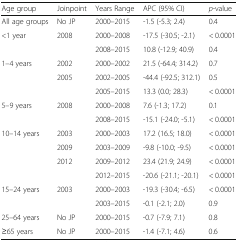
<table><thead><tr><td><b>Age group</b></td><td><b>Joinpoint</b></td><td><b>Years Range</b></td><td><b>APC (95% CI)</b></td><td><b><i>p</i>-value</b></td></tr></thead><tbody><tr><td>All age groups</td><td>No JP</td><td>2000–2015</td><td>-1.5 (-5.3; 2.4)</td><td>0.4</td></tr><tr><td rowspan="2">&lt;1 year</td><td>2008</td><td>2000–2008</td><td>-17.5 (-30.5; -2.1)</td><td>&lt; 0.0001</td></tr><tr><td></td><td>2008–2015</td><td>10.8 (-12.9; 40.9)</td><td>0.4</td></tr><tr><td rowspan="3">1–4 years</td><td>2002</td><td>2000–2002</td><td>21.5 (-64.4; 314.2)</td><td>0.7</td></tr><tr><td>2005</td><td>2002–2005</td><td>-44.4 (-92.5; 312.1)</td><td>0.5</td></tr><tr><td></td><td>2005–2015</td><td>13.3 (0.0; 28.3)</td><td>&lt; 0.0001</td></tr><tr><td rowspan="2">5–9 years</td><td>2008</td><td>2000–2008</td><td>7.6 (-1.3; 17.2)</td><td>0.1</td></tr><tr><td></td><td>2008–2015</td><td>-15.1 (-24.0; -5.1)</td><td>&lt; 0.0001</td></tr><tr><td rowspan="4">10–14 years</td><td>2003</td><td>2000–2003</td><td>17.2 (16.5; 18.0)</td><td>&lt; 0.0001</td></tr><tr><td>2009</td><td>2003–2009</td><td>-9.8 (-10.0; -9.5)</td><td>&lt; 0.0001</td></tr><tr><td>2012</td><td>2009–2012</td><td>23.4 (21.9; 24.9)</td><td>&lt; 0.0001</td></tr><tr><td></td><td>2012–2015</td><td>-20.6 (-21.1; -20.1)</td><td>&lt; 0.0001</td></tr><tr><td rowspan="2">15–24 years</td><td>2003</td><td>2000–2003</td><td>-19.3 (-30.4; -6.5)</td><td>&lt; 0.0001</td></tr><tr><td></td><td>2003–2015</td><td>-0.1 (-2.1; 2.0)</td><td>0.9</td></tr><tr><td>25–64 years</td><td>No JP</td><td>2000–2015</td><td>-0.7 (-7.9; 7.1)</td><td>0.8</td></tr><tr><td>≥65 years</td><td>No JP</td><td>2000–2015</td><td>-1.4 (-7.1; 4.6)</td><td>0.6</td></tr></tbody></table>